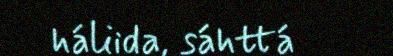
háliida, sáhttá